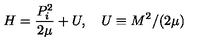
H = \frac { P _ { i } ^ { 2 } } { 2 \mu } + U , \quad U \equiv M ^ { 2 } / ( 2 \mu )